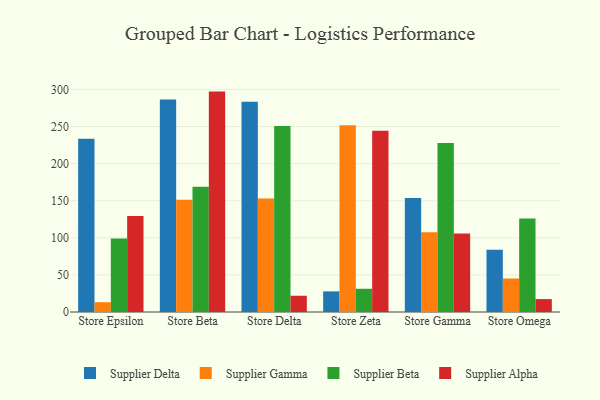
{"axis": {"x": "Store", "y": "Churn Rate (%)"}, "legend": ["Supplier Alpha", "Supplier Beta", "Supplier Delta", "Supplier Gamma"], "data": [{"x": "Store Epsilon", "y": 233.5, "type": "Supplier Delta"}, {"x": "Store Epsilon", "y": 13.2, "type": "Supplier Gamma"}, {"x": "Store Epsilon", "y": 98.9, "type": "Supplier Beta"}, {"x": "Store Epsilon", "y": 129.2, "type": "Supplier Alpha"}, {"x": "Store Beta", "y": 286.5, "type": "Supplier Delta"}, {"x": "Store Beta", "y": 151.4, "type": "Supplier Gamma"}, {"x": "Store Beta", "y": 168.7, "type": "Supplier Beta"}, {"x": "Store Beta", "y": 297.0, "type": "Supplier Alpha"}, {"x": "Store Delta", "y": 283.3, "type": "Supplier Delta"}, {"x": "Store Delta", "y": 153.1, "type": "Supplier Gamma"}, {"x": "Store Delta", "y": 250.5, "type": "Supplier Beta"}, {"x": "Store Delta", "y": 21.9, "type": "Supplier Alpha"}, {"x": "Store Zeta", "y": 27.8, "type": "Supplier Delta"}, {"x": "Store Zeta", "y": 251.6, "type": "Supplier Gamma"}, {"x": "Store Zeta", "y": 31.3, "type": "Supplier Beta"}, {"x": "Store Zeta", "y": 244.2, "type": "Supplier Alpha"}, {"x": "Store Gamma", "y": 153.5, "type": "Supplier Delta"}, {"x": "Store Gamma", "y": 107.3, "type": "Supplier Gamma"}, {"x": "Store Gamma", "y": 227.6, "type": "Supplier Beta"}, {"x": "Store Gamma", "y": 105.8, "type": "Supplier Alpha"}, {"x": "Store Omega", "y": 84.0, "type": "Supplier Delta"}, {"x": "Store Omega", "y": 45.2, "type": "Supplier Gamma"}, {"x": "Store Omega", "y": 125.9, "type": "Supplier Beta"}, {"x": "Store Omega", "y": 17.4, "type": "Supplier Alpha"}]}